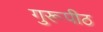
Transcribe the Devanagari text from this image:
गुरूपीठ